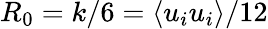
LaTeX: R_{0}=k/6=\langle u_{i}u_{i}\rangle/12